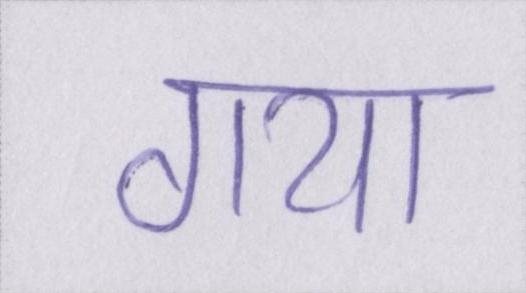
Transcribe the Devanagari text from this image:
गया